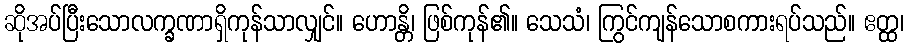
ဆိုအပ်ပြီးသောလက္ခဏာရှိကုန်သာလျှင်။ ဟောန္တိ၊ ဖြစ်ကုန်၏။ သေသံ၊ ကြွင်ကျန်သောစကားရပ်သည်။ ဧတ္ထ၊